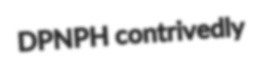
DPNPH contrivedly